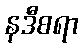
နဒီစရာ